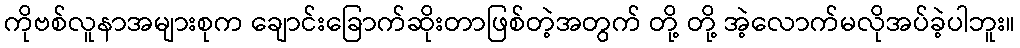
ကိုဗစ်လူနာအများစုက ချောင်းခြောက်ဆိုးတာဖြစ်တဲ့အတွက် တို့ တို့ အဲ့လောက်မလိုအပ်ခဲ့ပါဘူး။